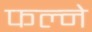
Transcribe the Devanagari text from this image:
फल्ने